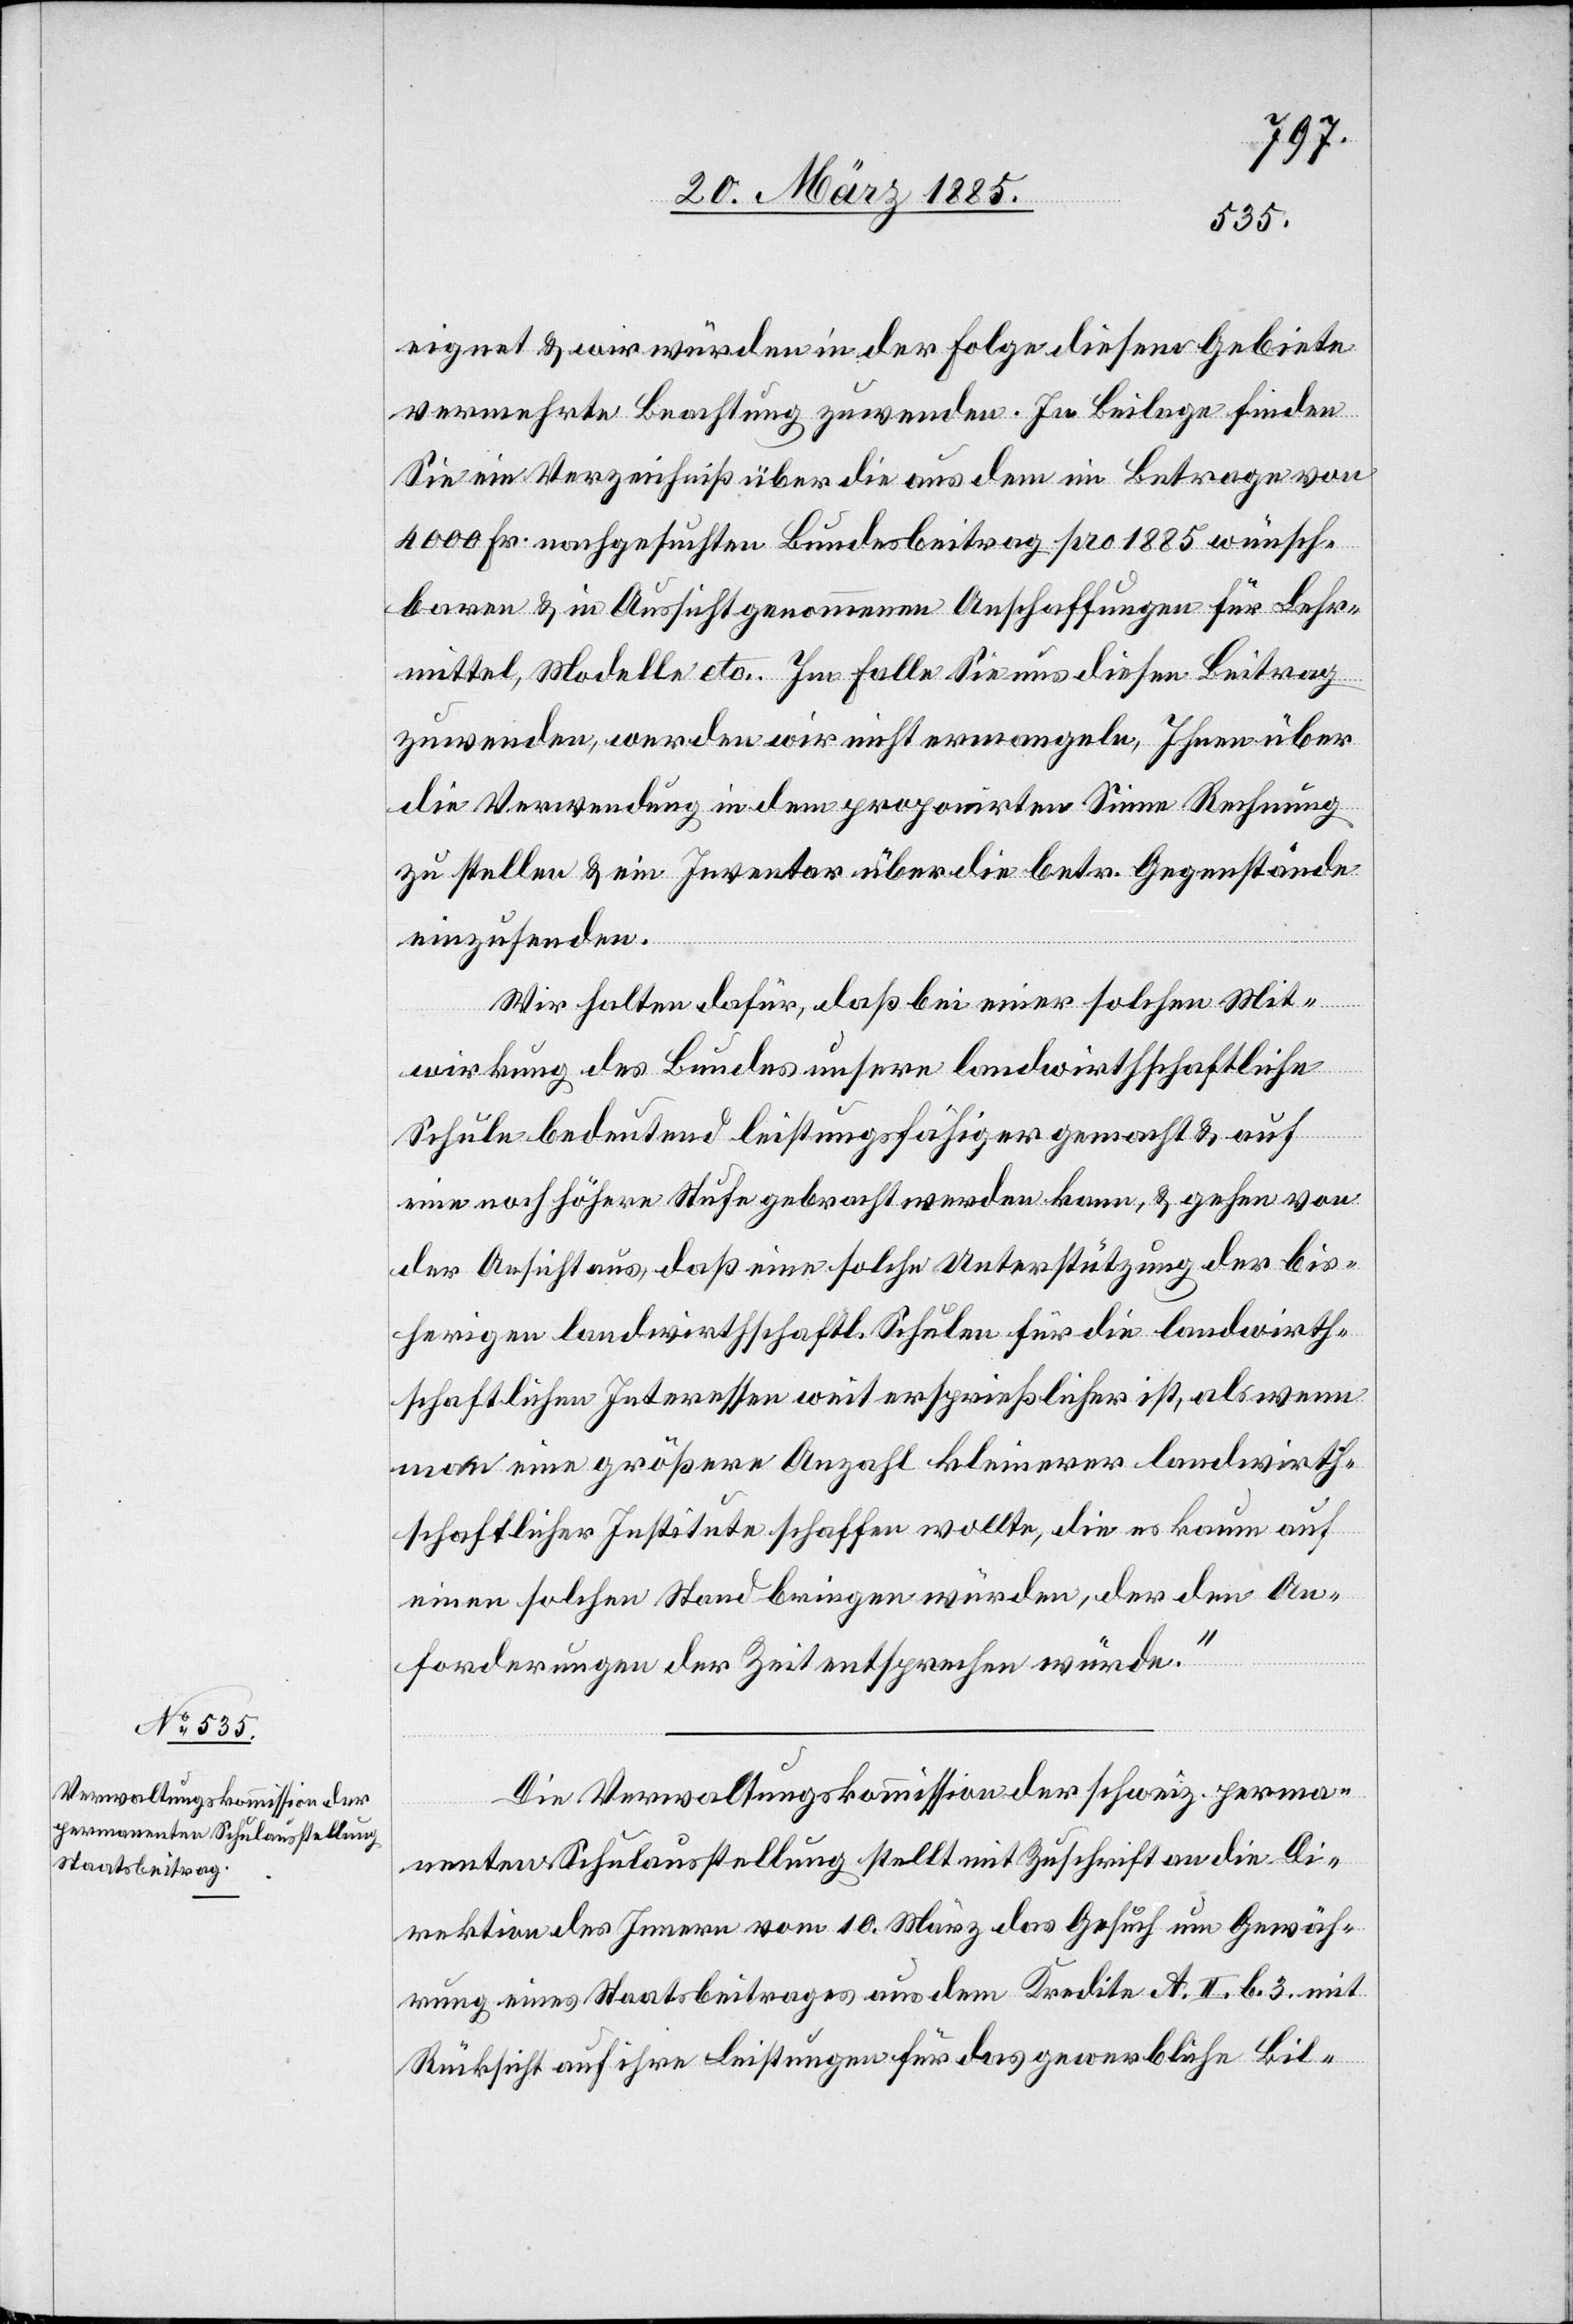
eignet & wir würden in der Folge diesem Gebiete
vermehrte Beachtung zuwenden. In Beilage finden
Sie ein Verzeichniß über die aus dem im Betrage von
4000 Fr. nachgesuchten Bundesbeitrag pro 1885 wünsch¬
baren & in Aussicht genommenen Anschaffungen für Lehr¬
mittel, Modelle etc. Im Falle Sie uns diesen Beitrag
zuwenden, werden wir nicht ermangeln, Ihnen über
die Verwendung in dem proponirten Sinne Rechnung
zu stellen & ein Inventar über die betr. Gegenstände
einzusenden.
Wir halten dafür, daß bei einer solchen Mit¬
wirkung des Bundes unsere landwirthschaftliche
Schule bedeutend leistungsfähiger gemacht & auf
eine noch höhere Stufe gebracht werden kann, & gehen von
der Ansicht aus, daß eine solche Unterstützung der bis¬
herigen landwirthschaftl. Schulen für die landwirth¬
schaftlichen Interessen weit ersprießlicher ist, als wenn
an eine größere Anzahl kleinerer landwirth¬
schaftlicher Institute schaffen wollte, die es kaum auf
einen solchen stand bringen würden, der den An¬
forderungen der Zeit entsprechen würde.“
Die Verwaltungskommission der schweiz. perma¬
nenten Schulausstellung stellt mit Zuschrift an die Di¬
rektion des Innern vom 10. März das Gesuch um Gewäh¬
rung eines Staatsbeitrages aus dem Kredite A. II. b. 3. mit
Rücksicht auf ihre Leistungen für das gewerbliche Bil-